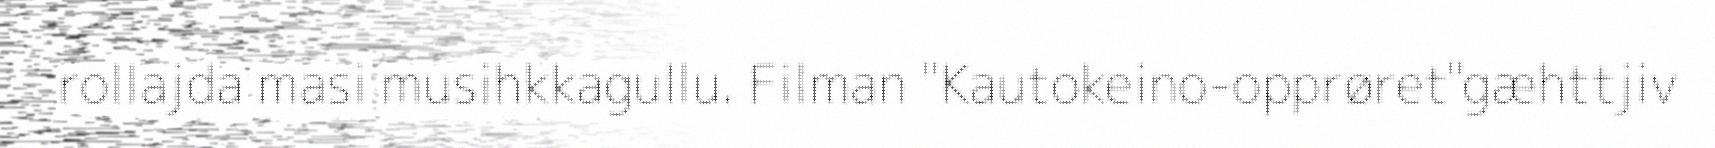
rollajda masi musihkkagullu. Filman "Kautokeino-opprøret"gæhttjiv